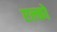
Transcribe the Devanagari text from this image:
एल्को